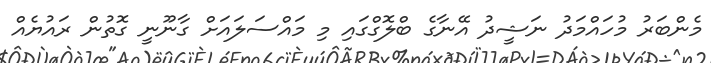
މެންބަރު މުހައްމަދު ނަޝީދު އޭނާގެ ބްލޮގްގައި މި މައްސަލައަށް ގާނޫނީ ގޮތުން ރައުޔެއް